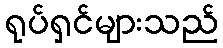
ရုပ်ရှင်များသည်